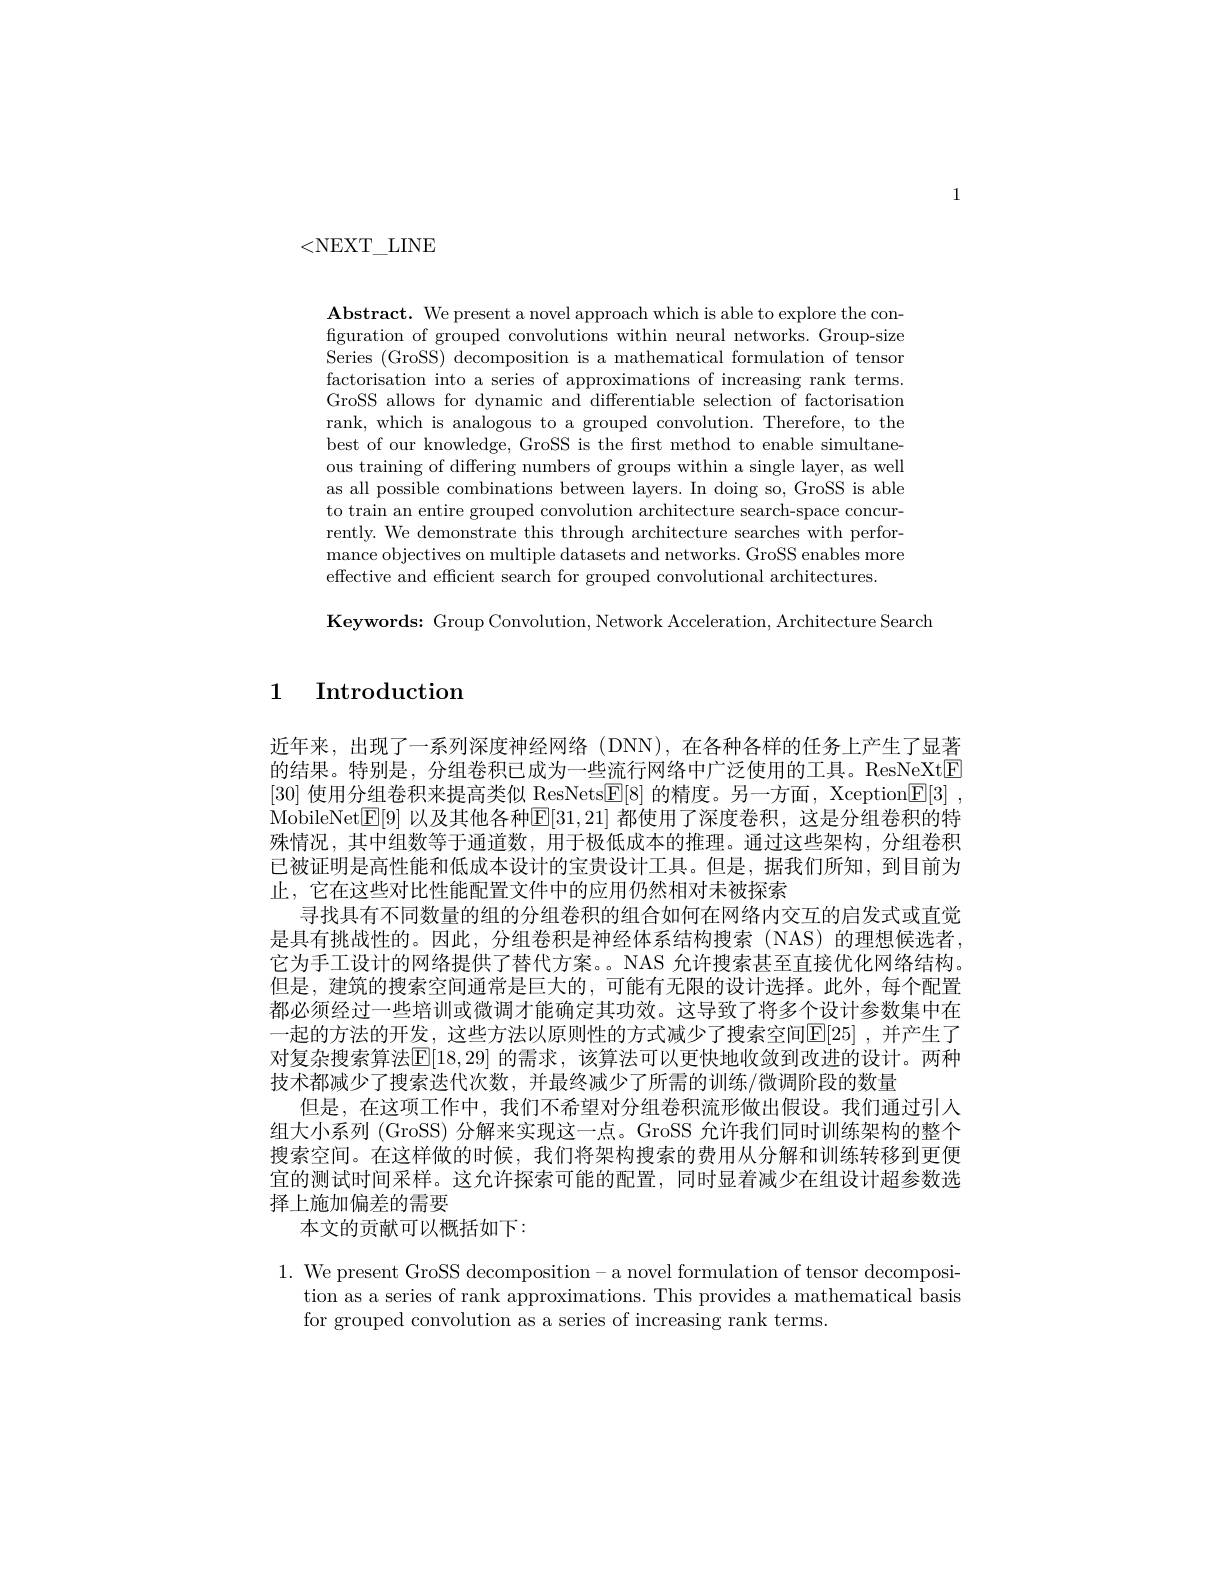
1

<NEXT\_LINE

$\mathbf{Abstract.~We~present~a~novel~approach~which~is~able~to~explore~the~con-}$ figuration of grouped convolutions within neural networks. Group-size Series (GroSS) decomposition is a mathematical formulation of tensor factorisation into a series of approximations of increasing rank terms GroSS allows for dynamic and differentiable selection of factorisation rank, which is analogous to a grouped convolution. Therefore, to the best of our knowledge, GroSS is the first method to enable simultaneous training of differing numbers of groups within a single layer, as well as all possible combinations between layers. In doing so, GroSS is able to train an entire grouped convolution architecture search-space concurrently. We demonstrate this through architecture searches with performance objectives on multiple datasets and networks. GroSS enables more effective and efficient search for grouped convolutional architectures.

$\mathbf{Keywords:~Group~Convolution,~Network~Acceleration,~Architecture~Search}$

## 1 Introduction

近年来，出现了一系列深度神经网络(DNN),在各种各样的任务上产生了显著的结果。特别是，分组卷积已成为一些流行网络中广泛使用的工具。ResNeXt[E] [30]使用分组卷积来提高类似 ResNets$\mathbb{E}[8]$的精度。另一方面，Xception$\mathbb{E}[3]$, MobileNet$\boxed{\mathbb{E}}[9]$ 以及其他各种$\boxed{\mathbb{E}}[31,21]$ 都使用了深度卷积，这是分组卷积的特殊情况，其中组数等于通道数，用于极低成本的推理。通过这些架构，分组卷积已被证明是高性能和低成本设计的宝贵设计工具。但是，据我们所知，到目前为止，它在这些对比性能配置文件中的应用仍然相对未被探索
寻找具有不同数量的组的分组卷积的组合如何在网络内交互的启发式或直觉是具有挑战性的。因此，分组卷积是神经体系结构搜索(NAS)的理想候选者它为手工设计的网络提供了替代方案。。NAS 允许搜索甚至直接优化网络结构。但是，建筑的搜索空间通常是巨大的，可能有无限的设计选择。此外，每个配置都必须经过一些培训或微调才能确定其功效。这导致了将多个设计参数集中在一起的方法的开发，这些方法以原则性的方式减少了搜索空间$\mathbb{E}[25]$ ,并产生了对复杂搜索算法$\mathbb{E}[18,29]$ 的需求，该算法可以更快地收敛到改进的设计。两种技术都减少了搜索迭代次数，并最终减少了所需的训练/微调阶段的数量
但是，在这项工作中，我们不希望对分组卷积流形做出假设。我们通过引人组大小系列 (GroSS) 分解来实现这一点。GroSS 允许我们同时训练架构的整个搜索空间。在这样做的时候，我们将架构搜索的费用从分解和训练转移到更便宜的测试时间采样。这允许探索可能的配置，同时显着减少在组设计超参数选择上施加偏差的需要
本文的贡献可以概括如下：

1. We present GroSS decomposition- a novel formulation of tensor decomposi-
tion as a series of rank approximations. This provides a mathematical basis
for grouped convolution as a series of increasing rank terms.